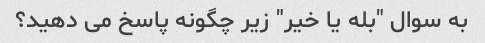
به سوال "بله یا خیر" زیر چگونه پاسخ می دهید؟